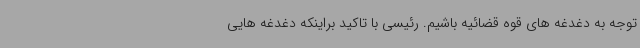
توجه به دغدغه های قوه قضائیه باشیم. رئیسی با تاکید براینکه دغدغه هایی